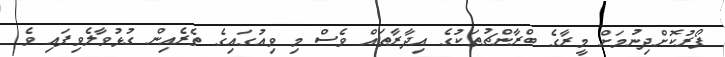
ފޯރުކޮށްދިނުމަށް މީރާގެ ބްރާންޗުތަކުގެ އިދާރާތައް ވެސް މި ވިއުގައިގެ ތެރެއިން ގުޅުވާލެވިފައި ވެ